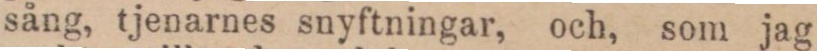
sång, tjenarnes snyftningar, och, som jag